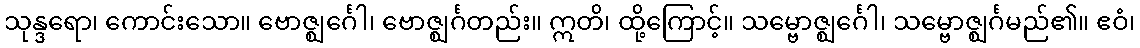
သုန္ဒရော၊ ကောင်းသော။ ဗောဇ္ဈင်္ဂေါ၊ ဗောဇ္ဈင်္ဂတည်း။ ဣတိ၊ ထို့ကြောင့်။ သမ္ဗောဇ္ဈင်္ဂေါ၊ သမ္ဗောဇ္ဈင်္ဂမည်၏။ ဧဝံ၊